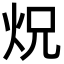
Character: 炾